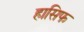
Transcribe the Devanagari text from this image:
हासिफ